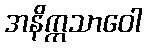
အနိက္ကသာဝေါ